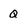
Character: Q